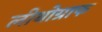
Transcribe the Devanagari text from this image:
लीथोग्राफ